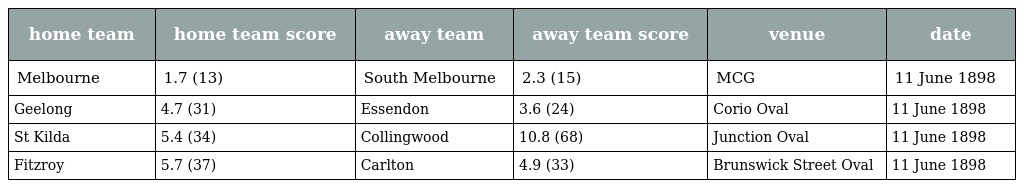
| home team | home team score | away team | away team score | venue | date |
 | --- | --- | --- | --- | --- | --- |
 | Melbourne | 1.7 (13) | South Melbourne | 2.3 (15) | MCG | 11 June 1898 |
 | Geelong | 4.7 (31) | Essendon | 3.6 (24) | Corio Oval | 11 June 1898 |
 | St Kilda | 5.4 (34) | Collingwood | 10.8 (68) | Junction Oval | 11 June 1898 |
 | Fitzroy | 5.7 (37) | Carlton | 4.9 (33) | Brunswick Street Oval | 11 June 1898 |